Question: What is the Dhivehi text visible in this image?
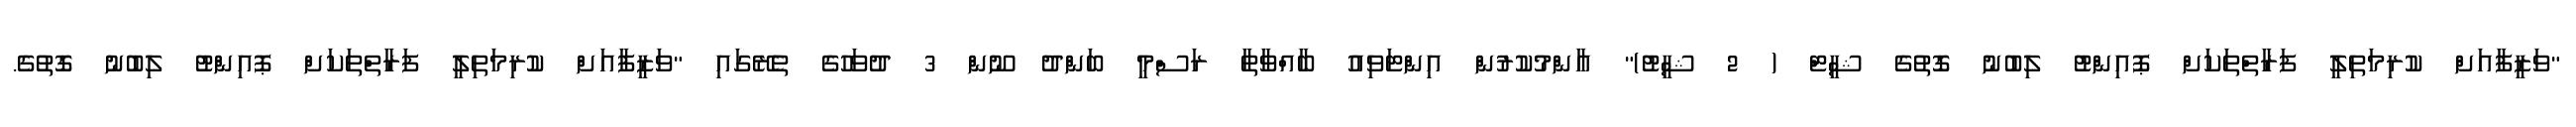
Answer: "ވަޒީފާއަށް ކުރިމަތިލީ ފަރާތްތަކަށް ޕޮއިންޓު ލިބުނު ގޮތުގެ ޝީޓް ( 2 ޝީޓު)" އާންމުކުރުން އިންޓަވިއު ބާއްވާތާ ރަސްމީ ބަންދު ނޫން 3 ދުވަހުގެ ތެރޭގައި "ވަޒީފާއަށް ކުރިމަތިލީ ފަރާތްތަކަށް ޕޮއިންޓު ލިބުނު ގޮތުގެ.